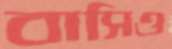
বাসিও